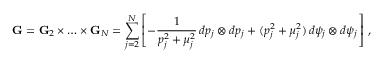
\mathbf { G } = \mathbf { G } _ { 2 } \times \hdots \times \mathbf { G } _ { N } = \sum _ { j = 2 } ^ { N } \left[ - \frac { 1 } { p _ { j } ^ { 2 } + \mu _ { j } ^ { 2 } } \, d p _ { j } \otimes d p _ { j } + ( p _ { j } ^ { 2 } + \mu _ { j } ^ { 2 } ) \, d \psi _ { j } \otimes d \psi _ { j } \right] \, ,